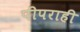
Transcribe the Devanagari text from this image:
पीपराही